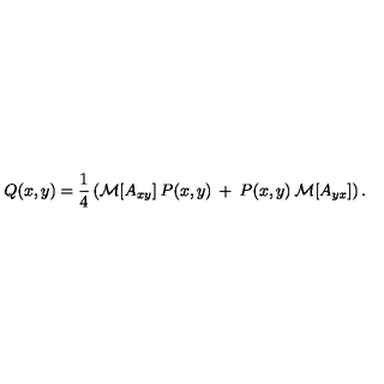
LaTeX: Q ( x , y ) = \frac { 1 } { 4 } \left( { \cal { M } } [ A _ { x y } ] \: P ( x , y ) \: + \: P ( x , y ) \: { \cal { M } } [ A _ { y x } ] \right) .